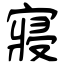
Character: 寢